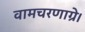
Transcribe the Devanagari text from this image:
वामचरणाग्रे।